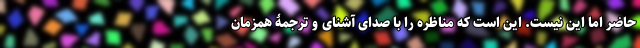
حاضر اما این نیست. این است که مناظره را با صدای آشنای و ترجمۀ همزمان